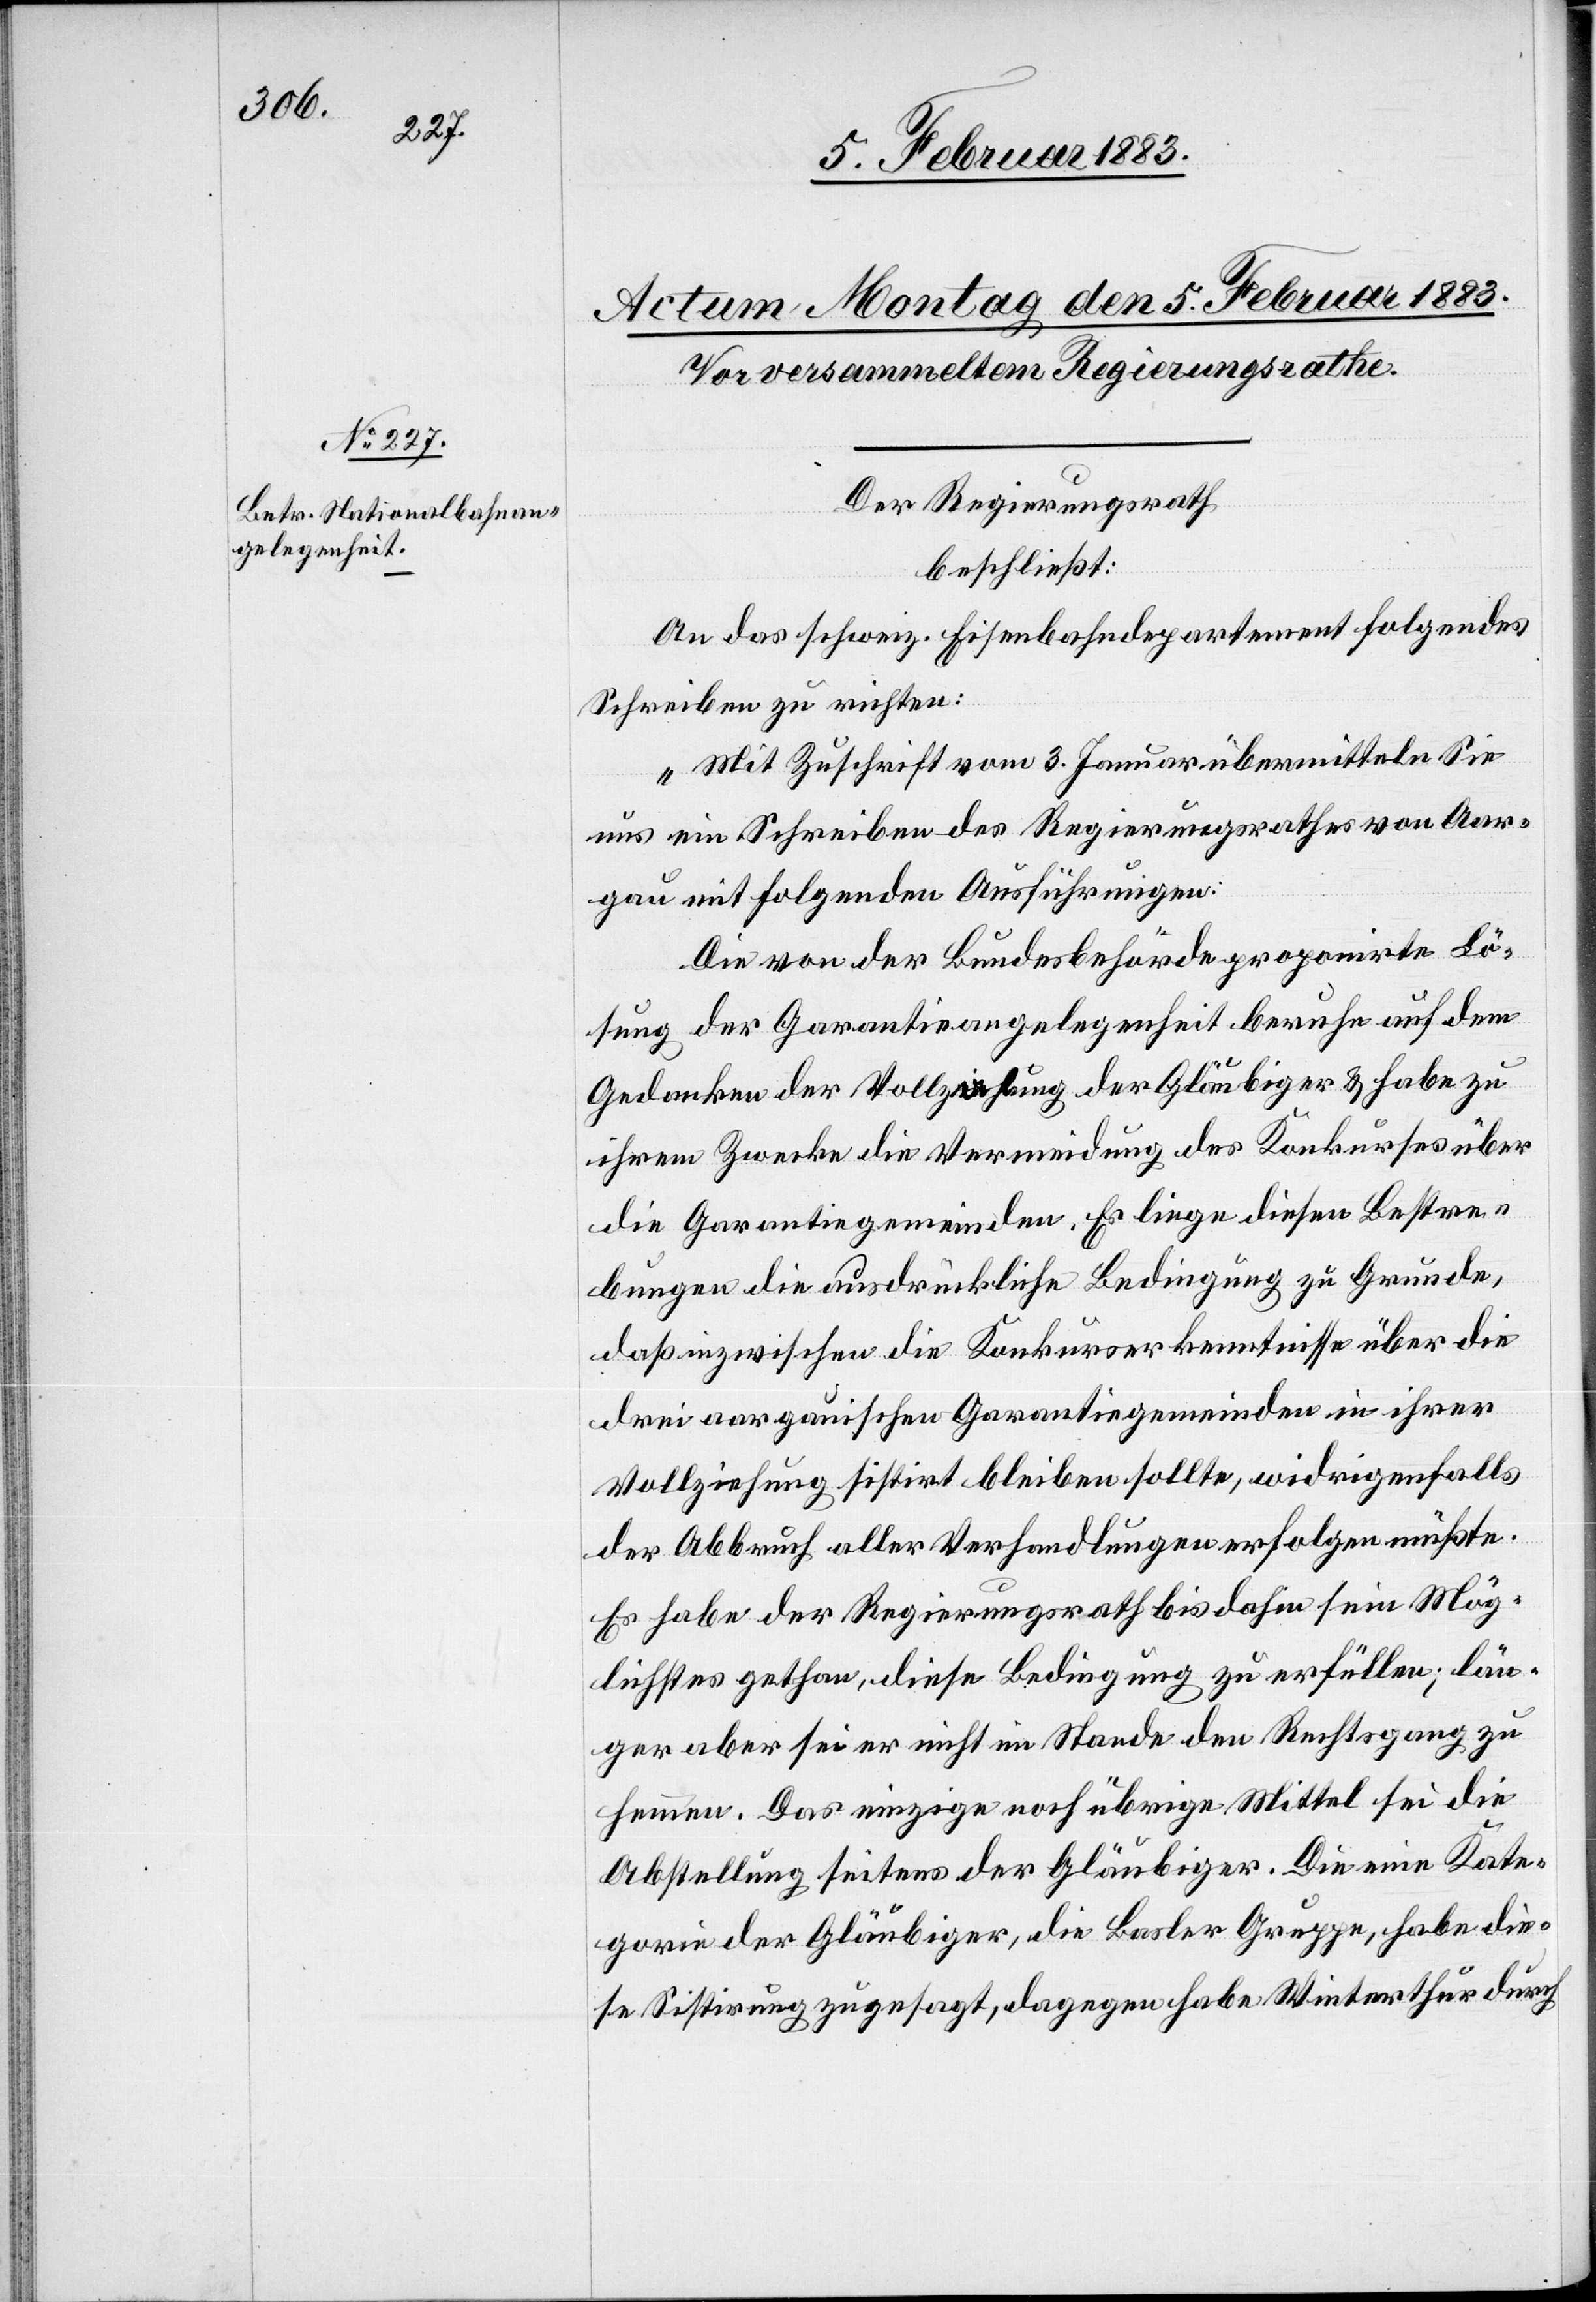
Der Regierungsrath
beschließt:
An das schweiz. Eisenbahndepartement folgendes
Schreiben zu richten:
„Mit Zuschrift vom 3. Januar übermitteln Sie
uns ein Schreiben des Regierungsrathes von Aar¬
gau mit folgenden Ausführungen:
Die von der Bundesbehörde proponirte Lö¬
sung der Garantieangelegenheit beruhe auf dem
Gedanken der Vollz[?ie]hung der Gläubiger & habe zu
ihrem Zwecke die Vermeidung des Konkurses über
die Garantiegemeinden. Es liege diesen Bestre¬
bungen die ausdrückliche Bedingung zu Grunde,
daß inzwischen die Konkurserkenntnisse über die
drei aargauischen Garantiegemeinden in ihrer
Vollziehung sistirt bleiben sollte, widrigenfalls
der Abbruch aller Verhandlungen erfolgen müßte.
Es habe der Regierungsrath bis dahin sein Mög¬
lichstes gethan, diese Bedingung zu erfüllen; län¬
ger aber sei er nicht im Stande den Rechtsgang zu
hemmen. Das einzige noch übrige Mittel sei die
Abstellung seitens der Gläubiger. Die eine Kate¬
gorie der Gläubiger, die Basler Gruppe, habe die¬
se Sistirung zugesagt, dagegen habe Winterthur durch